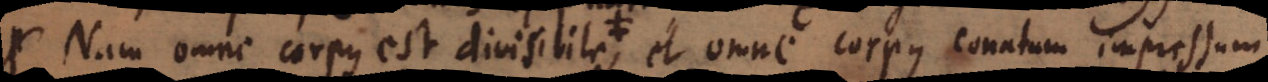
Nam omne corpus est divisibile, et omne corpus conatum impressum